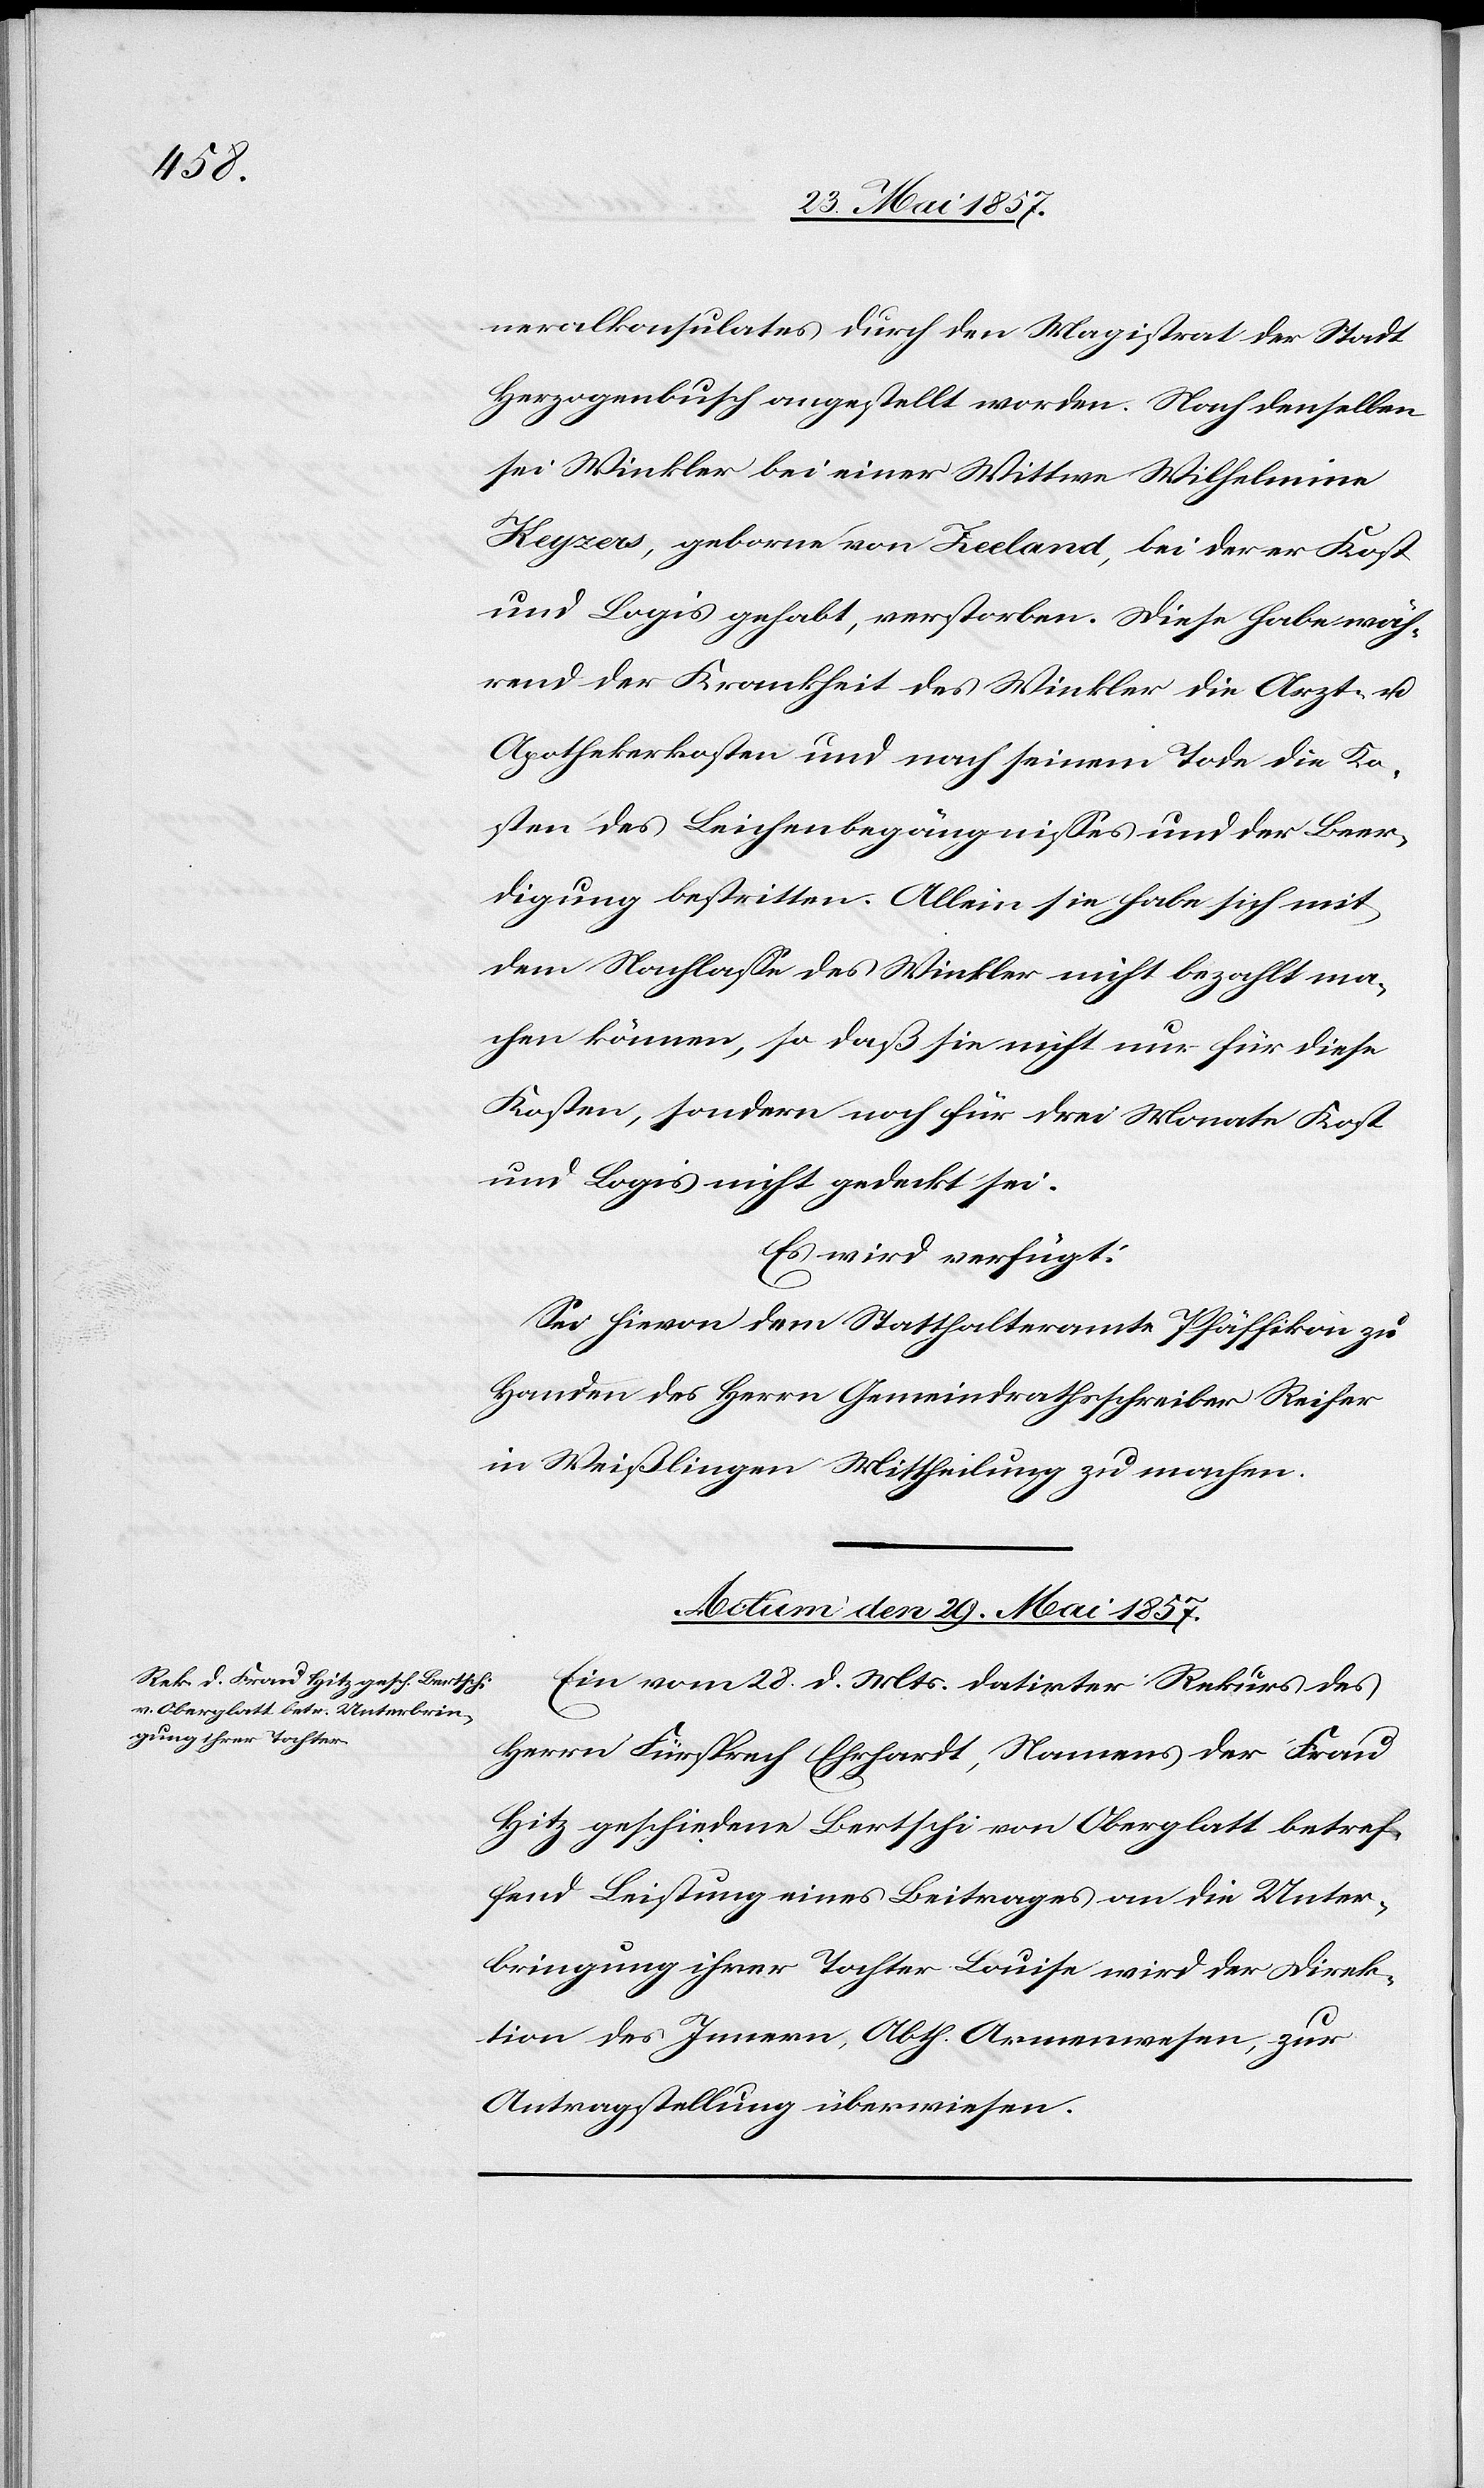
neralkonsulates durch den Magistrat der Stadt
Herzogenbusch angestellt worden. Nach denselben
sei Winkler bei einer Wittwe Wilhelmine
Keyzers, geborne von Fieeland, bei der er Kost
und Logis gehabt, verstorben. Diese habe wäh¬
rend der Krankheit des Winkler die Arzt- &
Apothekerkosten und nach seinem Tode die Ko¬
sten des Leichenbegängnisses und der Beer¬
digung bestritten. Allein sie habe sich mit
dem Nachlasse des Winkler nicht bezahlt ma¬
chen können, so daß sie nicht für diese
Kosten, sondern auch für die drei Monate Kost
und Logis nicht gedeckt sei.
Es wird verfügt:
Sei hievon dem Statthalteramte Pfäffikon zu
Handen des Herrn Gemeindrathsschreiber Reifer
in Weißlingen Mittheilung zu machen.
Actum den 29 Mai 1857.
Ein vom 28 d. Mts. datirter Rekurs des
Herrn Fürsprech Ehrhardt, Namens der Frau
Hitz geschiedene Bertschi von Oberglatt betref¬
fend Leistung eines Beitrages an die Unter¬
bringung ihrer Tochter Louise wird der Direk¬
tion des Innern, Abth. Armenwesen, zur
Antragstellung überwiesen.